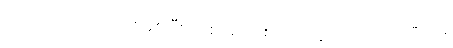
သည်တော့ ဘဝတစ်ခုစပြီး တစ်အိုးတစ်အိမ် ထူထောင်သင့်ပြီပေါ့။